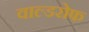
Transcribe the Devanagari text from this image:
वाल्डरोफ